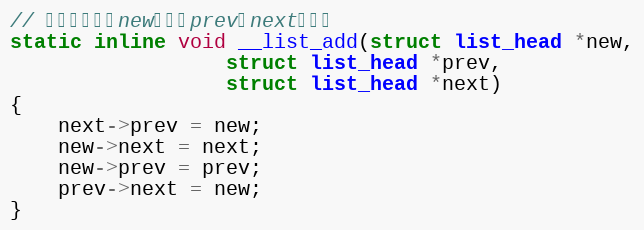
Language: C
// 添加节点：将new插入到prev和next之间。
static inline void __list_add(struct list_head *new,
                  struct list_head *prev,
                  struct list_head *next)
{
    next->prev = new;
    new->next = next;
    new->prev = prev;
    prev->next = new;
}